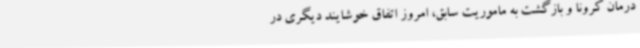
درمان کرونا و بازگشت به ماموریت سابق، امروز اتفاق خوشایند دیگری در